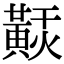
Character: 𪏂